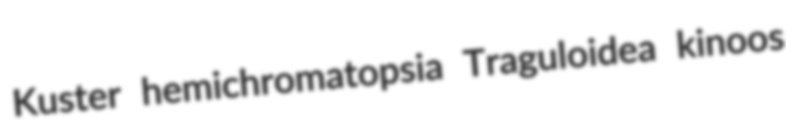
Kuster hemichromatopsia Traguloidea kinoos